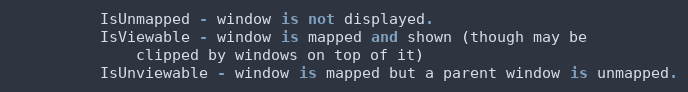
Language: Python
          IsUnmapped - window is not displayed.
          IsViewable - window is mapped and shown (though may be
              clipped by windows on top of it)
          IsUnviewable - window is mapped but a parent window is unmapped.